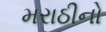
મરાઠીનો